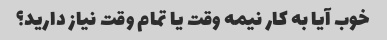
خوب آیا به کار نیمه وقت یا تمام وقت نیاز دارید؟